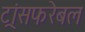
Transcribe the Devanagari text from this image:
ट्रांसफरेबल